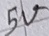
Text: 5V